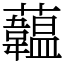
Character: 𧄧